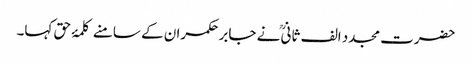
حضرت مجدد الف ثانیؒ نے جابر حکمران کے سامنے کلمۂ حق کہا۔